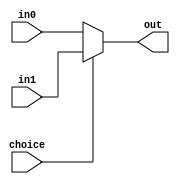
`timescale 1ns / 1ps
//////////////////////////////////////////////////////////////////////////////////
// Company: 
// Engineer: 
// 
// Design Name: 
// Module Name: Mux2_5bits
// Project Name: 
// Target Devices: 
// Tool Versions: 
// Description: 
// 
// Dependencies: 
// 
// Revision:
// Revision 0.01 - File Created
// Additional Comments:
// 
//////////////////////////////////////////////////////////////////////////////////


module Mux2_5bits(
    input choice,
    input [4:0] in0,
    input [4:0] in1,
    output [4:0] out
    );
    
    assign out = (choice==0) ? in0 : in1;
    
endmodule